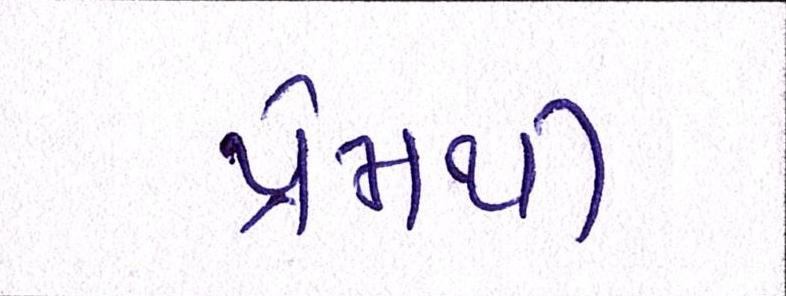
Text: પ્રેમથી